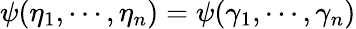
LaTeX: \psi(\eta_{1},\cdots,\eta_{n})=\psi(\gamma_{1},\cdots,\gamma_{n})